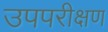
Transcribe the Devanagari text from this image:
उपपरीक्षण